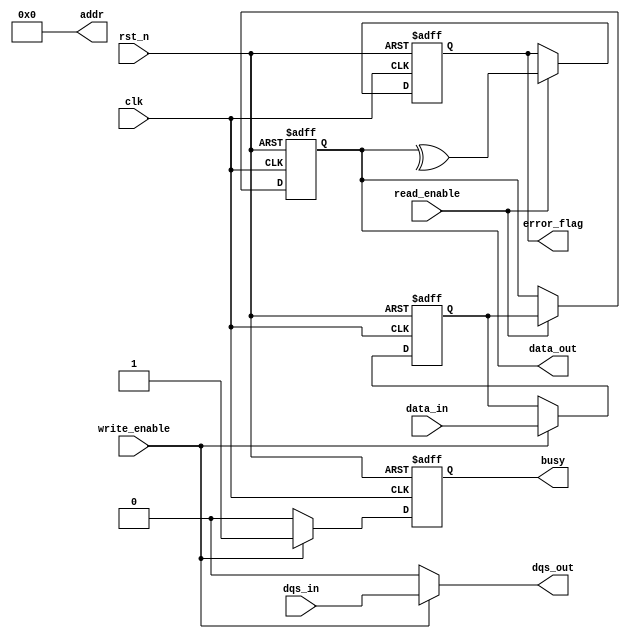
module gddr_io_block #(
    parameter DATA_WIDTH = 32, // Configurable data bus width (16, 32, 64)
    parameter ADDR_WIDTH = 16   // Address width for memory access
)(
    input wire clk,              // Clock input
    input wire rst_n,            // Active low reset
    input wire [DATA_WIDTH-1:0] data_in, // Data input from internal bus
    output wire [DATA_WIDTH-1:0] data_out, // Data output to internal bus
    input wire dqs_in,           // Data Strobe input
    output wire dqs_out,         // Data Strobe output
    input wire read_enable,       // Read enable signal
    input wire write_enable,      // Write enable signal
    output wire busy,            // Busy signal
    output wire error_flag,      // Error flag for ECC
    output wire [ADDR_WIDTH-1:0] addr // Address for memory access
);

// Internal signals
reg [DATA_WIDTH-1:0] tx_data;
reg [DATA_WIDTH-1:0] rx_data;
reg busy_reg;
reg error_reg;

// Transmitter (TX)
always @(posedge clk or negedge rst_n) begin
    if (!rst_n) begin
        tx_data <= 0;
        busy_reg <= 0;
    end else if (write_enable) begin
        tx_data <= data_in; // Load data to transmit
        busy_reg <= 1;       // Set busy flag
    end else begin
        busy_reg <= 0;       // Clear busy flag
    end
end

// Receiver (RX)
always @(posedge clk or negedge rst_n) begin
    if (!rst_n) begin
        rx_data <= 0;
        error_reg <= 0;
    end else if (read_enable) begin
        // Simulate receiving data (for example purposes)
        rx_data <= tx_data; // In a real design, this would come from I/O pins
        // Error checking (simple parity check for demonstration)
        error_reg <= ^rx_data; // Simple parity check
    end
end

// Output assignments
assign data_out = rx_data;
assign dqs_out = write_enable ? dqs_in : 1'b0; // Drive DQS based on write enable
assign busy = busy_reg;
assign error_flag = error_reg;

// Address handling (for demonstration purposes)
assign addr = 16'h0000; // Static address, should be dynamic in real design

endmodule